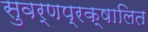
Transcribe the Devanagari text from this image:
सुवर्णप्रक्षालित